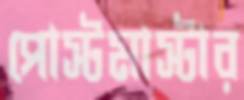
পোস্টমাস্টার